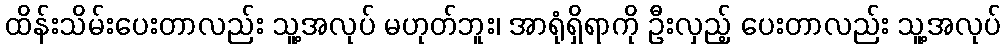
ထိန်းသိမ်းပေးတာလည်း သူ့အလုပ် မဟုတ်ဘူး၊ အာရုံရှိရာကို ဦးလှည့် ပေးတာလည်း သူ့အလုပ်